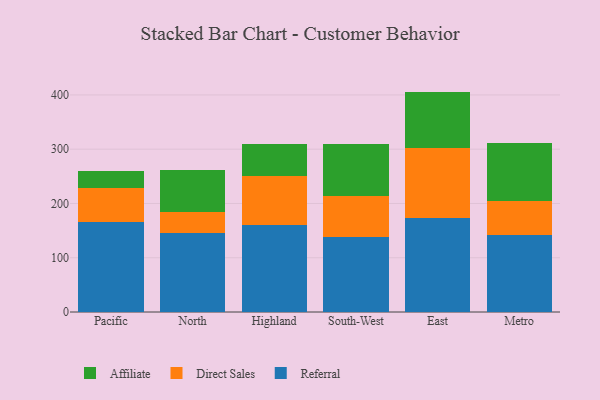
{"axis": {"x": "Region", "y": "Latency (ms)"}, "legend": ["Affiliate", "Direct Sales", "Referral"], "data": [{"x": "Pacific", "y": 165.4, "type": "Referral"}, {"x": "Pacific", "y": 63.2, "type": "Direct Sales"}, {"x": "Pacific", "y": 30.5, "type": "Affiliate"}, {"x": "North", "y": 144.8, "type": "Referral"}, {"x": "North", "y": 39.3, "type": "Direct Sales"}, {"x": "North", "y": 76.7, "type": "Affiliate"}, {"x": "Highland", "y": 160.3, "type": "Referral"}, {"x": "Highland", "y": 90.5, "type": "Direct Sales"}, {"x": "Highland", "y": 59.0, "type": "Affiliate"}, {"x": "South-West", "y": 139.1, "type": "Referral"}, {"x": "South-West", "y": 74.9, "type": "Direct Sales"}, {"x": "South-West", "y": 96.4, "type": "Affiliate"}, {"x": "East", "y": 173.3, "type": "Referral"}, {"x": "East", "y": 128.3, "type": "Direct Sales"}, {"x": "East", "y": 104.5, "type": "Affiliate"}, {"x": "Metro", "y": 142.8, "type": "Referral"}, {"x": "Metro", "y": 62.5, "type": "Direct Sales"}, {"x": "Metro", "y": 106.9, "type": "Affiliate"}]}